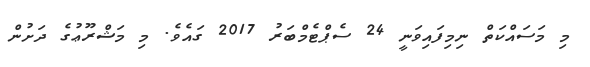
މި މަސައްކަތް ނިމިފައިވަނީ 24 ސެޕްޓެމްބަރު 2017 ގައެވެ. މި މަޝްރޫޢުގެ ދަށުން